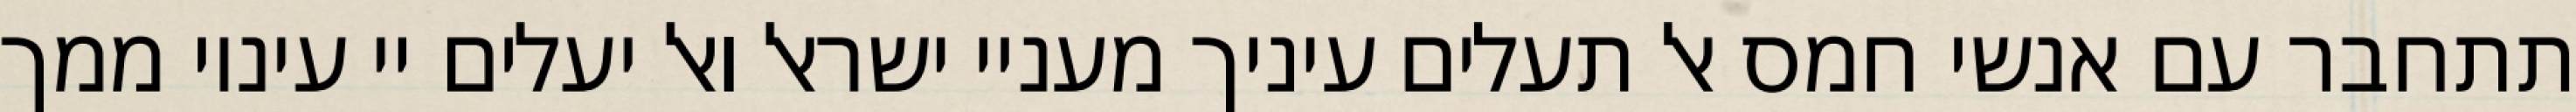
תתחבר עם אנשי חמס אל תעלים עיניך מעניי ישראל ואל יעלים יי עיניו ממך